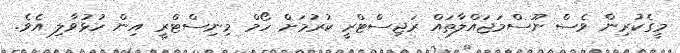
މީގެކުރިން ވެސް ނޫސްމަޖައްލާތައް ރަޖިސްޓްރީ ކުރުމަށް ހޯމް މިނިސްޓްރީ އިން ހުޅުވާލި އެވެ.